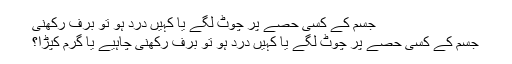
جسم کے کسی حصے پر چوٹ لگے یا کہیں درد ہو تو برف رکھنی
جسم کے کسی حصے پر چوٹ لگے یا کہیں درد ہو تو برف رکھنی چاہیے یا گرم کپڑا؟